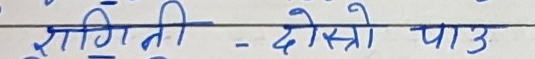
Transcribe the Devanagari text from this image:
शगिनती - दोस्रो पाउ